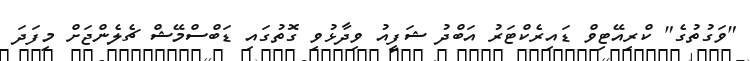
"ވަގުތުގެ" ކްރިއޭޓިވް ޑައިރެކްޓަރު އަބްދު ޝަފީއު ވިދާޅުވި ގޮތުގައި ޑަބްސްމޭޝް ޗެލެންޖަށް މިފަދަ